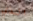
الذي